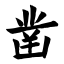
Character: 凿